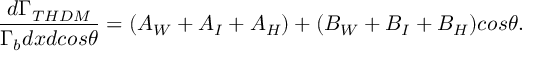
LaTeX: \frac { d \Gamma _ { T H D M } } { \Gamma _ { b } d x d c o s \theta } = ( A _ { W } + A _ { I } + A _ { H } ) + ( B _ { W } + B _ { I } + B _ { H } ) c o s \theta .